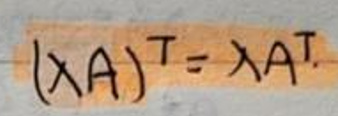
$(\lambda A)^T = \lambda A^T$